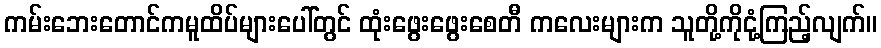
ကမ်းဘေးတောင်ကမူထိပ်များပေါ်တွင် ထုံးဖွေးဖွေးစေတီ ကလေးများက သူတို့ကိုငုံ့ကြည့်လျက်။